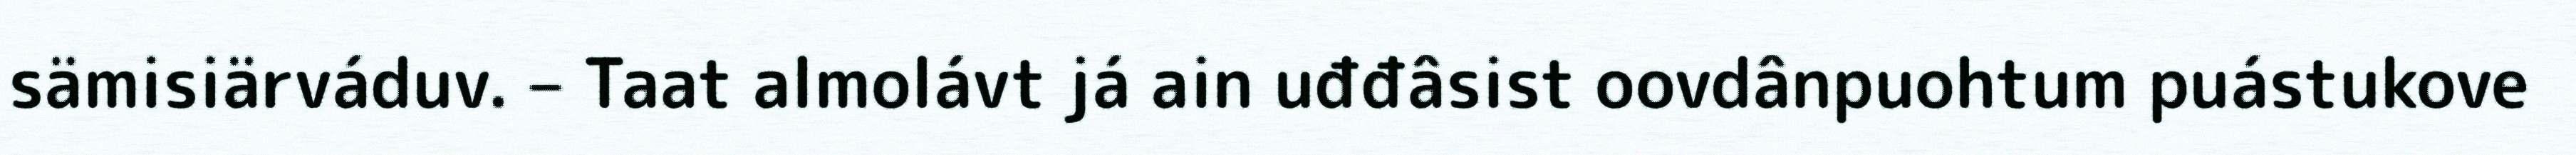
sämisiärváduv. – Taat almolávt já ain uđđâsist oovdânpuohtum puástukove